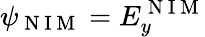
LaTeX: \psi_{\mathrm{~N~I~M~}}=E_{y}^{\mathrm{~N~I~M~}}